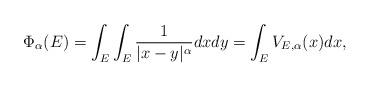
LaTeX: \begin{align*} \Phi_\alpha(E)=\int_E\int_E \frac{1}{|x-y|^\alpha}dxdy=\int_E V_{E, \alpha}(x)dx,\end{align*}